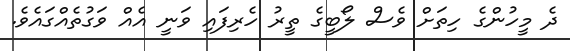
ދެ މީހުންގެ ހިތަށް ވެސް ލޯބީގެ ތީރު ހެރިފައި ވަނީ އެއް ވަގުތެއްގައެވެ.